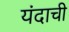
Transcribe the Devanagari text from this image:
यंदाची